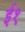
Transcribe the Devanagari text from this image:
ई१